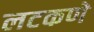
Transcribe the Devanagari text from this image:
लटकणे